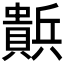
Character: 𰷒